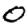
Digit: 0